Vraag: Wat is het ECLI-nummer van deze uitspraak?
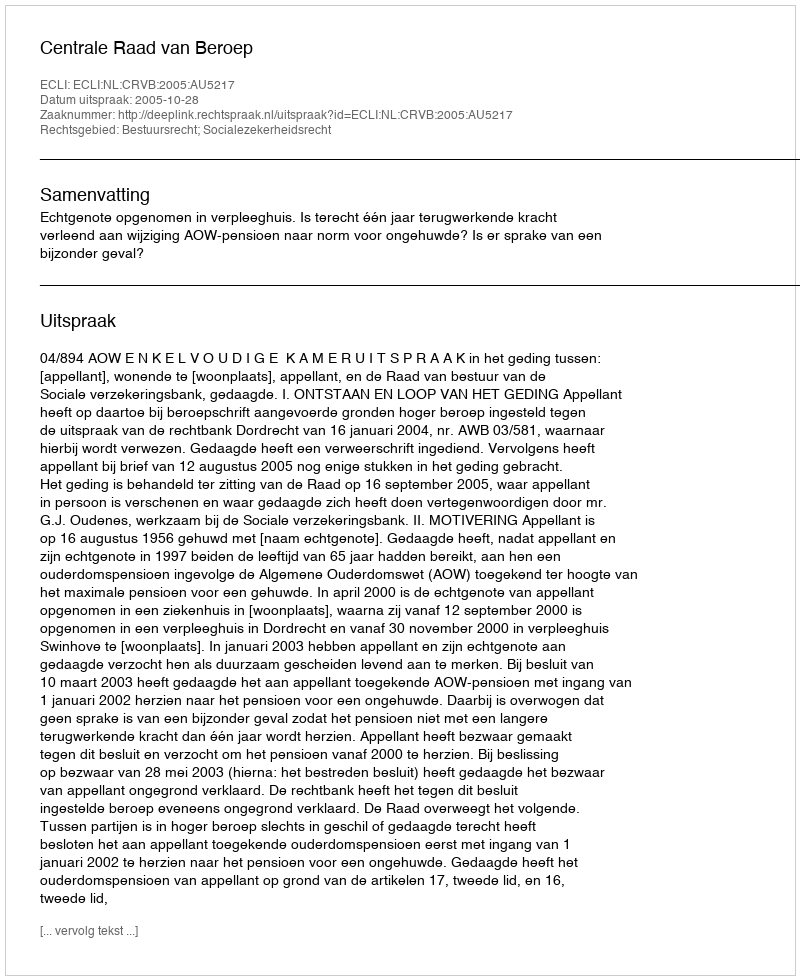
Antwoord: ECLI:NL:CRVB:2005:AU5217